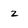
Character: z